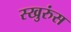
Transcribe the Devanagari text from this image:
स्खुरुंस